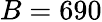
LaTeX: B=690